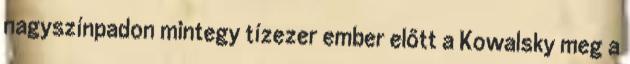
nagyszínpadon mintegy tízezer ember előtt a Kowalsky meg a